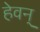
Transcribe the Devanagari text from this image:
हेवन्